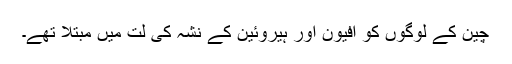
چین کے لوگوں کو افیون اور ہیروئین کے نشہ کی لت میں مبتلا تھے۔